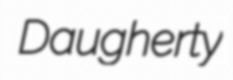
Daugherty